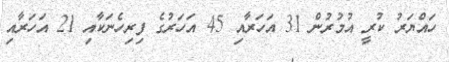
ހައްޔަރު ކުރީ އުމުރުން 31 އަހަރާއި 45 އަހަރުގެ ފިރިހެނަކާއި 21 އަހަރާއި